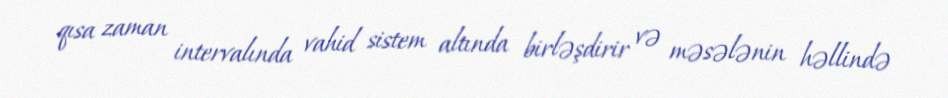
qısa zaman intervalında vahid sistem altında birləşdirir və məsələnin həllində